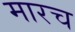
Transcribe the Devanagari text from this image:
मारच